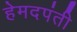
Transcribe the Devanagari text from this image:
हेमदपंती